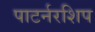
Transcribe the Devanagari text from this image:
पाटर्नरशिप